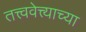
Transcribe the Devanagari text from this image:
तत्त्ववेत्त्याच्या